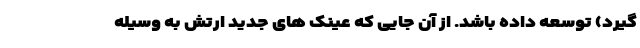
گیرد) توسعه داده باشد. از آن جایی که عینک های جدید ارتش به وسیله